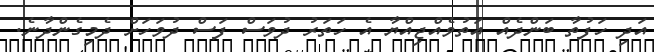
އަދި ހަފުތާ ބަންދެއް އަތުވެއްޖިއްޔާ އެ ހަތަރު ދުވަސް ފަސް ދުވަހަށް ދެމިގެންދާނެ.